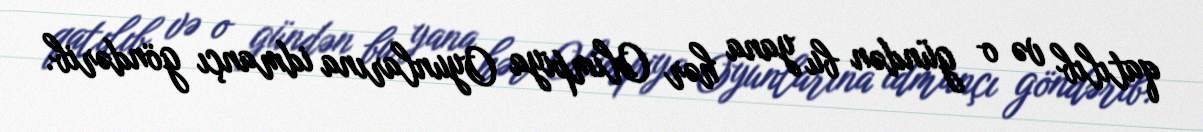
qatılıb və o gündən bu yana hər Olimpiya Oyunlarına idmançı göndərib.